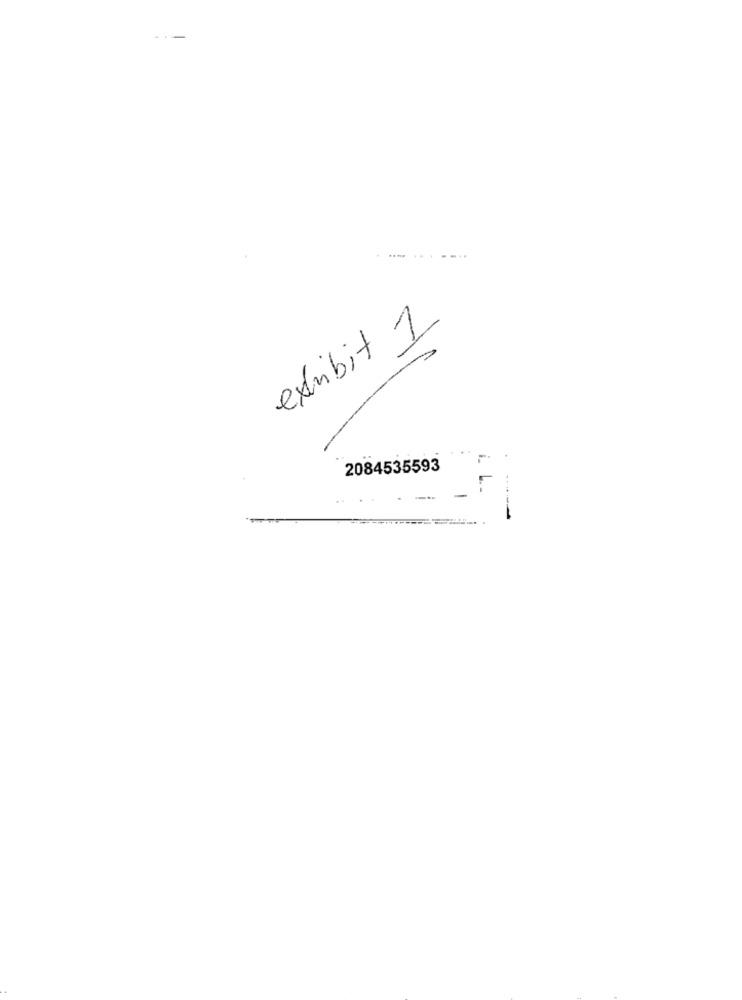
exhibit 1
2084535593
L L.
---